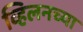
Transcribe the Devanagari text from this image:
व्हिलनच्या